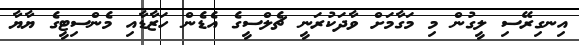
އިނގިރޭސި ލީގުން މި މަގާމަށް ވާދަކުރަނީ ޗެލްސީގެ އެޑެން ހަޒާޑާއި މެންސިޓީގެ ޔާޔާ